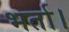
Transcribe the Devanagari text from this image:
भर्ता।